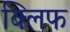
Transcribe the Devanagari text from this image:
क्‍लिफ